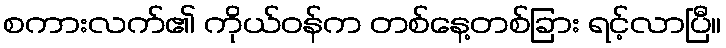
စကားလက်၏ ကိုယ်ဝန်က တစ်နေ့တစ်ခြား ရင့်လာပြီ။